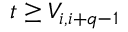
t \ge V _ { i , i + q - 1 }